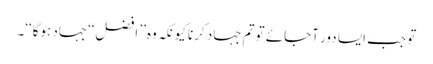
تو جب ایسا دور آجائے تو تم جہاد کرنا کیونکہ وہ’’ افضل‘‘جہاد ہوگا‘‘۔